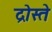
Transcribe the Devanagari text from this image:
द्रोस्ते